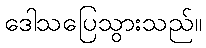
ဒေါသပြေသွားသည်။